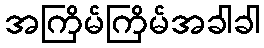
အကြိမ်ကြိမ်အခါခါ